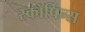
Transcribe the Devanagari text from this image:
स्कॉर्पिन्स